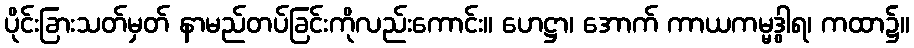
ပိုင်းခြားသတ်မှတ် နာမည်တပ်ခြင်းကိုလည်းကောင်း။ ဟေဋ္ဌာ၊ အောက် ကာယကမ္မဒွါရ၊ ကထာ၌။